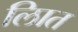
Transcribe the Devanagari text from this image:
लिात